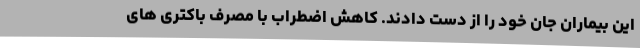
این بیماران جان خود را از دست دادند. کاهش اضطراب با مصرف باکتری‌ های